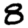
Digit: 8